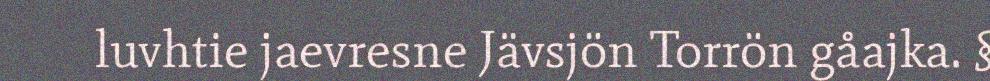
luvhtie jaevresne Jävsjön Torrön gåajka. §